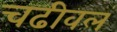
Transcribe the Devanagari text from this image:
चढीवलं